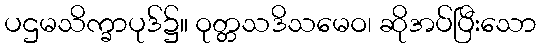
ပဌမသိက္ခာပုဒ်၌။ ဝုတ္တသဒိသမေဝ၊ ဆိုအပ်ပြီးသော